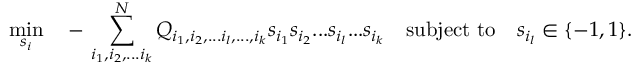
\operatorname* { m i n } _ { { s _ { i } } } \quad - \, \sum _ { i _ { 1 } , i _ { 2 } , . . . i _ { k } } ^ { N } Q _ { i _ { 1 } , i _ { 2 } , . . . i _ { l } , . . . , i _ { k } } s _ { i _ { 1 } } s _ { i _ { 2 } } . . . s _ { i _ { l } } . . . s _ { i _ { k } } \quad \mathrm { s u b j e c t } \ \mathrm { t o } \quad s _ { i _ { l } } \in \{ - 1 , 1 \} .